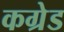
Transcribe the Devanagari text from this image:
कग्रेड